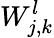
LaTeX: {W}_{j,k}^{l}